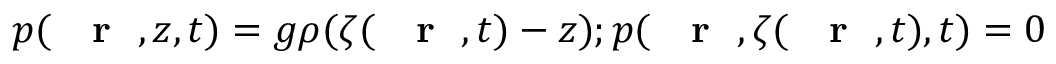
p ( \mathrm { ~ { ~ \bf ~ r ~ } ~ } , z , t ) = g \rho ( \zeta ( \mathrm { ~ { ~ \bf ~ r ~ } ~ } , t ) - z ) ; p ( \mathrm { ~ { ~ \bf ~ r ~ } ~ } , \zeta ( \mathrm { ~ { ~ \bf ~ r ~ } ~ } , t ) , t ) = 0